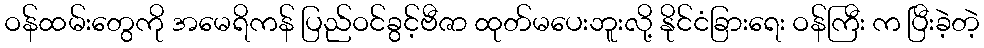
ဝန်ထမ်းတွေကို အမေရိကန် ပြည်ဝင်ခွင့်ဗီဇာ ထုတ်မပေးဘူးလို့ နိုင်ငံခြားရေး ဝန်ကြီး က ပြီးခဲ့တဲ့